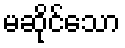
မဆိုင်သော